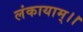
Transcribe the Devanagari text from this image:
लंकायाम्।।